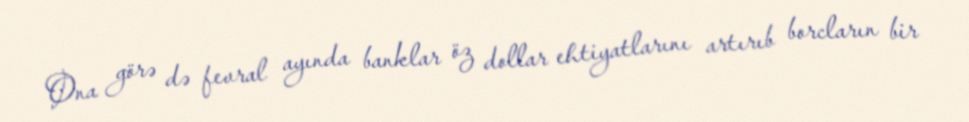
Ona görə də fevral ayında banklar öz dollar ehtiyatlarını artırıb borcların bir